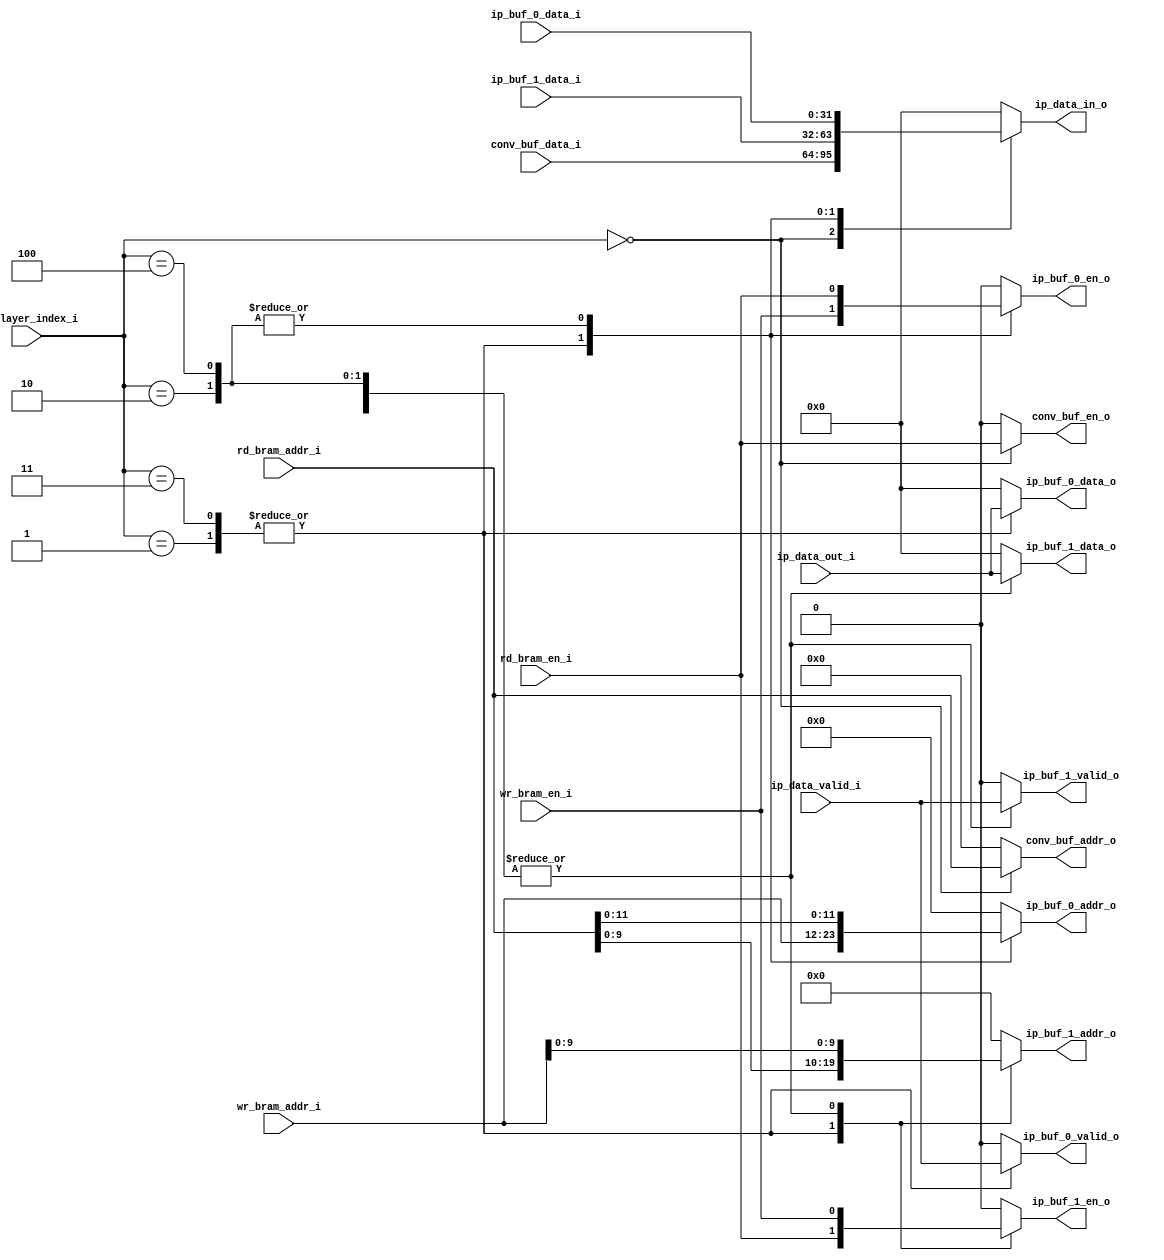
module buf_sel
#(
    parameter FW = 32
)
(
    input [3-1:0] cur_layer_index_i,

    // enable
    input               rd_bram_en_i,
    input               wr_bram_en_i,
    output reg          conv_buf_en_o,
    output reg          ip_buf_0_en_o,
    output reg          ip_buf_1_en_o,

    // read
    input  [FW-1:0]     conv_buf_data_i,
    input  [FW-1:0]     ip_buf_0_data_i,
    input  [FW-1:0]     ip_buf_1_data_i,
    output reg [FW-1:0] ip_data_in_o, 

    // write
    input  [FW-1:0]     ip_data_out_i,
    input               ip_data_valid_i,
    output reg          ip_buf_0_valid_o,
    output reg [FW-1:0] ip_buf_0_data_o,
    output reg          ip_buf_1_valid_o,
    output reg [FW-1:0] ip_buf_1_data_o,

    // address
    input  [15-1:0]     rd_bram_addr_i,
    input  [12-1:0]     wr_bram_addr_i,
    output reg [15-1:0] conv_buf_addr_o,
    output reg [12-1:0] ip_buf_0_addr_o,
    output reg [10-1:0] ip_buf_1_addr_o
);

    always @(cur_layer_index_i or rd_bram_en_i or rd_bram_addr_i or wr_bram_en_i or wr_bram_addr_i or 
             conv_buf_data_i or ip_buf_0_data_i or ip_buf_1_data_i or ip_data_out_i or ip_data_valid_i or ip_data_out_i) begin
        case(cur_layer_index_i)
        3'd0: begin
            // read
            conv_buf_en_o   = rd_bram_en_i;
            conv_buf_addr_o = rd_bram_addr_i;
            ip_data_in_o    = conv_buf_data_i;

            // write
            ip_buf_1_en_o    = wr_bram_en_i;
            ip_buf_1_addr_o  = wr_bram_addr_i[9:0];
            ip_buf_1_valid_o = ip_data_valid_i;
            ip_buf_1_data_o  = ip_data_out_i;

            // idle buffer
            ip_buf_0_en_o    = 1'b0;
            ip_buf_0_addr_o  = 12'd0;
            ip_buf_0_valid_o = 1'b0;
            ip_buf_0_data_o  = {FW{1'b0}};
        end
        3'd1: begin
            // read
            ip_buf_1_en_o    = rd_bram_en_i;
            ip_buf_1_addr_o  = rd_bram_addr_i[9:0];
            ip_buf_1_valid_o = 1'b0;
            ip_buf_1_data_o  = {FW{1'b0}};
            ip_data_in_o     = ip_buf_1_data_i;

            // write
            ip_buf_0_en_o    = wr_bram_en_i;
            ip_buf_0_addr_o  = wr_bram_addr_i;
            ip_buf_0_valid_o = ip_data_valid_i;
            ip_buf_0_data_o  = ip_data_out_i;

            // idle buffer
            conv_buf_en_o    = 1'b0;
            conv_buf_addr_o  = 15'd0;
        end
        3'd2: begin
            // read
            ip_buf_0_en_o    = rd_bram_en_i;
            ip_buf_0_addr_o  = rd_bram_addr_i[11:0];
            ip_buf_0_valid_o = 1'b0;
            ip_buf_0_data_o  = {FW{1'b0}};
            ip_data_in_o     = ip_buf_0_data_i;

            // write
            ip_buf_1_en_o    = wr_bram_en_i;
            ip_buf_1_addr_o  = wr_bram_addr_i[9:0];
            ip_buf_1_valid_o = ip_data_valid_i;
            ip_buf_1_data_o  = ip_data_out_i;

            // idle buffer
            conv_buf_en_o    = 1'b0;
            conv_buf_addr_o  = 15'd0;            
        end
        3'd3: begin
            // read
            ip_buf_1_en_o    = rd_bram_en_i;
            ip_buf_1_addr_o  = rd_bram_addr_i[9:0];
            ip_buf_1_valid_o = 1'b0;
            ip_buf_1_data_o  = {FW{1'b0}};
            ip_data_in_o     = ip_buf_1_data_i;

            // write
            ip_buf_0_en_o    = wr_bram_en_i;
            ip_buf_0_addr_o  = wr_bram_addr_i;
            ip_buf_0_valid_o = ip_data_valid_i;
            ip_buf_0_data_o  = ip_data_out_i;

            // idle buffer
            conv_buf_en_o    = 1'b0;
            conv_buf_addr_o  = 15'd0;            
        end
        3'd4: begin
            // read
            ip_buf_0_en_o    = rd_bram_en_i;
            ip_buf_0_addr_o  = rd_bram_addr_i[11:0];
            ip_buf_0_valid_o = 1'b0;
            ip_buf_0_data_o  = {FW{1'b0}};
            ip_data_in_o     = ip_buf_0_data_i;

            // write
            ip_buf_1_en_o    = wr_bram_en_i;
            ip_buf_1_addr_o  = wr_bram_addr_i[9:0];
            ip_buf_1_valid_o = ip_data_valid_i;
            ip_buf_1_data_o  = ip_data_out_i;

            // idle buffer
            conv_buf_en_o    = 1'b0;
            conv_buf_addr_o  = 15'd0;                    
        end
        default: begin
            // all are idle
             ip_buf_0_en_o   = 1'b0;
            ip_buf_0_addr_o  = 12'd0;
            ip_buf_0_valid_o = 1'b0;
            ip_buf_0_data_o  = {FW{1'b0}};
            ip_data_in_o     = {FW{1'b0}};

            ip_buf_1_en_o    = 1'b0;
            ip_buf_1_addr_o  = 10'd0;
            ip_buf_1_valid_o = 1'b0;
            ip_buf_1_data_o  = {FW{1'b0}};

            conv_buf_en_o    = 1'b0;
            conv_buf_addr_o  = 15'd0;                           
        end
        endcase
    end

endmodule